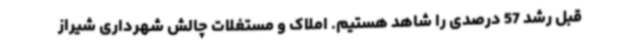
قبل رشد 57 درصدی را شاهد هستیم. املاک و مستغلات چالش شهرداری شیراز